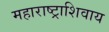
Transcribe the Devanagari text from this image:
महाराष्ट्राशिवाय